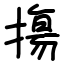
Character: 摥